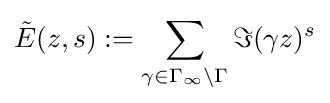
{\tilde {E}}(z,s):=\sum _{\gamma \in \Gamma _{\infty }\backslash \Gamma }\Im (\gamma z)^{s}